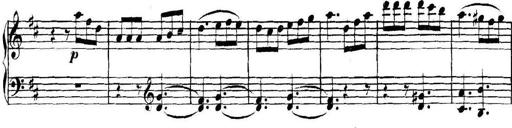
Title: Collected Piano Sonatas
Composer: Muzio Clementi